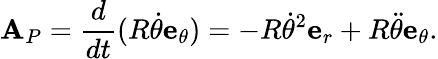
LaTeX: {\textbf{A}}_{P}={\frac{d}{dt}}(R{\dot{\theta}}{\textbf{e}}_{\theta})=-R{\dot{\theta}}^{2}{\textbf{e}}_{r}+R{\ddot{\theta}}{\textbf{e}}_{\theta}.